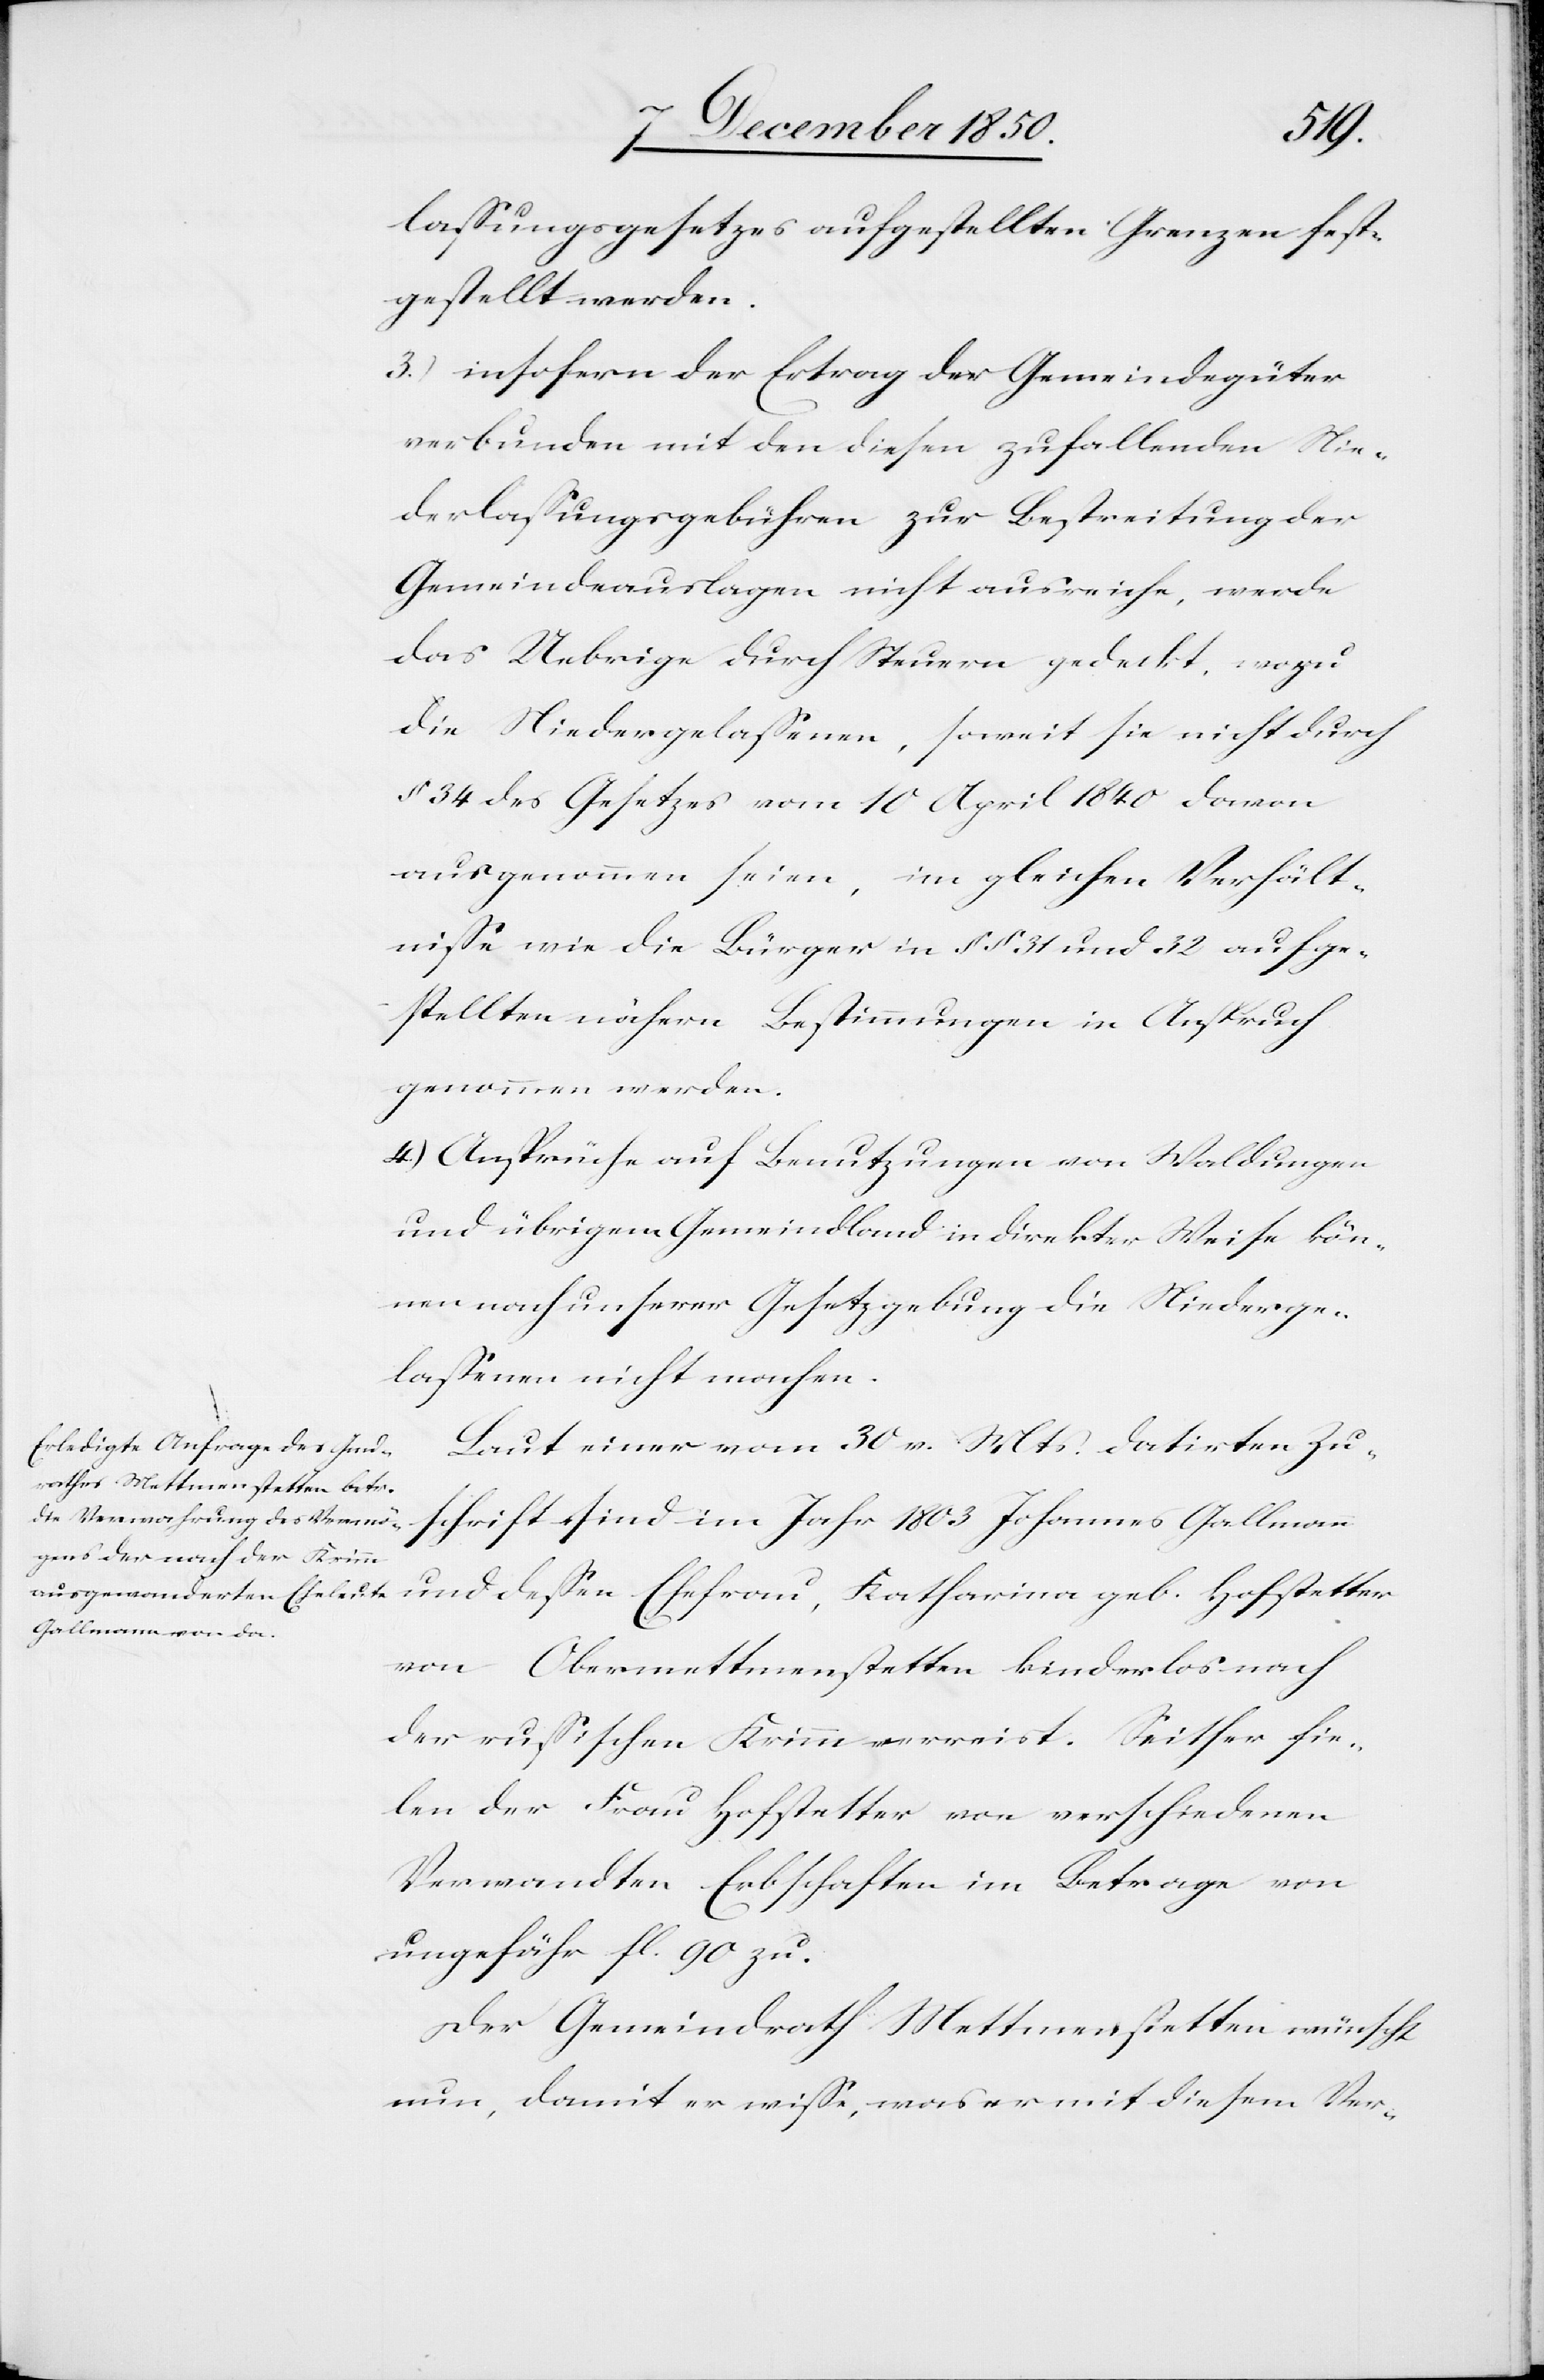
lassungsgesetzes aufgestellten Grenzen fest¬
gestellt werden.
3.) insofern der Ertrag der Gemeindegüter
verbunden mit den diesen zufallenden Nie¬
derlassungsgebühren zur Bestreitung der
Gemeindeauslagen nicht ausreiche, werde
das Uebrige durch Steuern gedeckt, wozu
die Niedergelassenen, soweit sie nicht durch
§ 34 des Gesetzes vom 10 April 1840 davon
ausgenommen seien, im gleichen Verhält¬
nisse wie die Bürger [gemäss den] in § § 31 und 32 aufge¬
stellten nähern Bestimmungen in Anspruch
genommen werden.
4.) Ansprüche auf Benutzungen von Waldungen
und übrigem Gemeindland in direkter Weise kön¬
nen nach unserer Gesetzgebung die Niederge¬
lassenen nicht machen.
Laut einer vom 30 v. Mts. datirten Zu¬
schrift sind im Jahr 1803 Johannes Gallmann
und dessen Ehefrau, Katharina geb. Hofstetter
von Obermettmenstetten kinderlos nach
der russischen Krimm verreist. Seither fie¬
len der Frau Hofstetter von verschiedenen
Verwandten Erbschaften im Betrage von
ungefähr fl 90 zu.
Der Gemeindrath Mettmenstetten wünscht
nun, damit er wisse, was er mit diesem Ver-